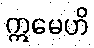
ဣမေဟိ